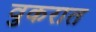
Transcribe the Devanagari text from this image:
वुकरात